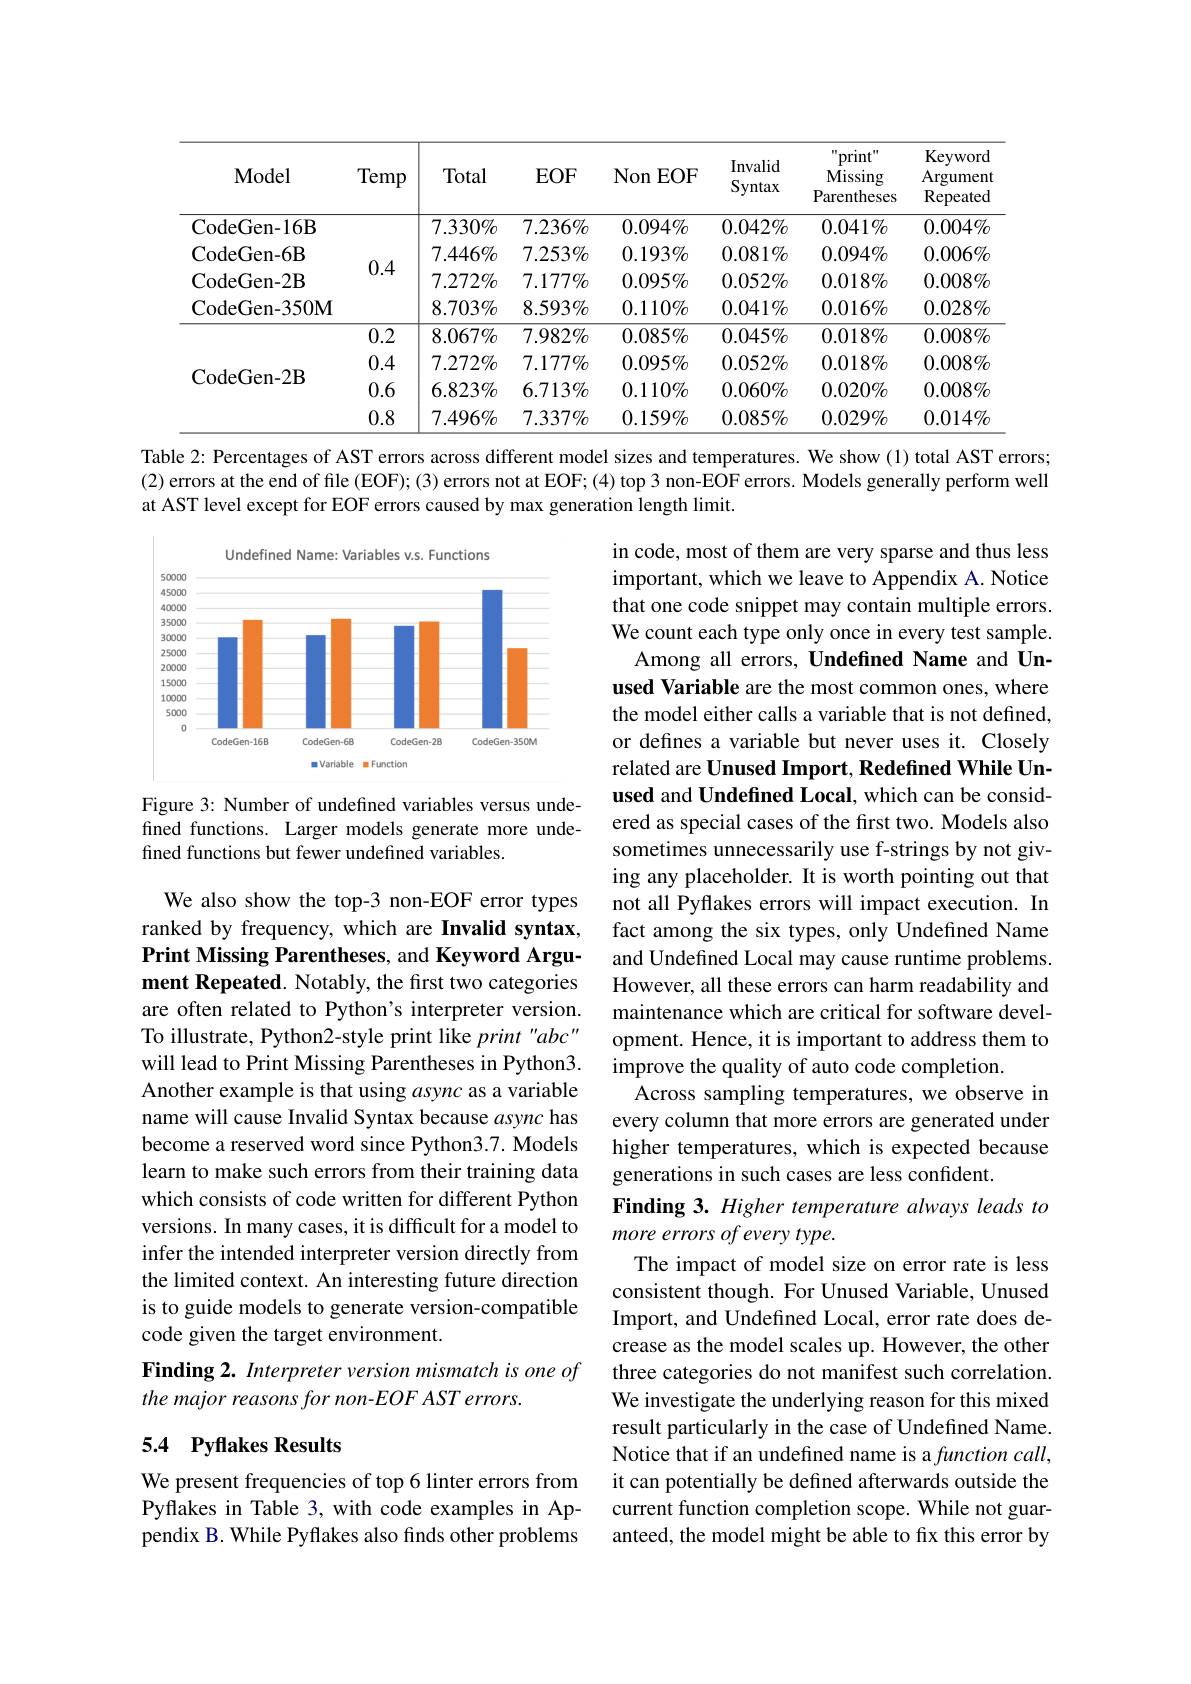
<table>
	<tbody>
		<tr>
			<th>$\mathbf{Model}$</th>
			<th>Temp</th>
			<th>Total</th>
			<th>$EOF$</th>
			<th>Non $EOF$</th>
			<th>$\operatorname{Invalid}$ Syntax</th>
			<th>$^{\prime }$print" Missing Parentheses</th>
			<th>Keyword Argument Repeated</th>
		</tr>
		<tr>
			<td>CodeGen- 16B</td>
			<td> </td>
			<td>$7.330\%$</td>
			<td>$7.236\%$</td>
			<td>$0.094\%$</td>
			<td>$0.042\%$</td>
			<td>$0.041\%$</td>
			<td>$0.004\%$</td>
		</tr>
		<tr>
			<td>CodeGen- 6B</td>
			<td> </td>
			<td>$7.446\%$</td>
			<td>$7.253\%$</td>
			<td>$0.193\%$</td>
			<td>$0.081\%$</td>
			<td>$0.094\%$</td>
			<td>$0.006\%$</td>
		</tr>
		<tr>
			<td>CodeGen- 2B</td>
			<td>$U.4$</td>
			<td>$7.272\%$</td>
			<td>$7.177\%$</td>
			<td>$0.095\%$</td>
			<td>$0.052\%$</td>
			<td>$0.018\%$</td>
			<td>$0.008\%$</td>
		</tr>
		<tr>
			<td>CodeGen- 350M</td>
			<td> </td>
			<td>$8.703\%$</td>
			<td>$8.593\%$</td>
			<td>$0.110\%$</td>
			<td>$0.041\%$</td>
			<td>$0.016\%$</td>
			<td>$0.028\%$</td>
		</tr>
		<tr>
			<td rowspan="4">CodeGen- 2B</td>
			<td>0.2</td>
			<td>$8.067\%$</td>
			<td>$7.982\%$</td>
			<td>$0.085\%$</td>
			<td>$0.045\%$</td>
			<td>$0.018\%$</td>
			<td>$0.008\%$</td>
		</tr>
		<tr>
			<td>0.4</td>
			<td>$7.272\%$</td>
			<td>$7.177\%$</td>
			<td>$0.095\%$</td>
			<td>$0.052\%$</td>
			<td>$0.018\%$</td>
			<td>$0.008\%$</td>
		</tr>
		<tr>
			<td>0.6</td>
			<td>$6.823\%$</td>
			<td>$6.713\%$</td>
			<td>$0.110\%$</td>
			<td>$0.060\%$</td>
			<td>$0.020\%$</td>
			<td>$0.008\%$</td>
		</tr>
		<tr>
			<td>0.8</td>
			<td>$7.496\%$</td>
			<td>$7.337\%$</td>
			<td>$0.159\%$</td>
			<td>$0.085\%$</td>
			<td>$0.029\%$</td>
			<td>$0.014\%$</td>
		</tr>
	</tbody>
</table>

Table 2: Percentages of AST errors across different model sizes and temperatures. We show (1) total AST errors; (2) errors at the end of file (EOF); (3) errors not at EOF; (4) top 3 non-EOF errors. Models generally perform well at AST level except for EOF errors caused by max generation length limit.

<FigureHere>

Figure 3: Number of undefined variables versus undefined functions. Larger models generate more undefined functions but fewer undefined variables.

in code, most of them are very sparse and thus less important, which we leave to Appendix A. Notice that one code snippet may contain multiple errors. We count each type only once in every test sample.
Among all errors, Undefined Name and Unused Variable are the most common ones, where the model either calls a variable that is not defined, or defines a variable but never uses it. Closely related are Unused Import, Redefined While Unused and Undefined Local, which can be considered as special cases of the first two. Models also sometimes unnecessarily use f-strings by not giving any placeholder. It is worth pointing out that not all Pyflakes errors will impact execution. In fact among the six types, only Undefined Name and Undefined Local may cause runtime problems. However, all these errors can harm readability and maintenance which are critical for software development. Hence, it is important to address them to improve the quality of auto code completion.
Across sampling temperatures, we observe in every column that more errors are generated under higher temperatures, which is expected because generations in such cases are less confident.
Finding 3. Higher temperature always leads to
more errors of every type.
The impact of model size on error rate is less consistent though. For Unused Variable, Unused Import, and Undefined Local, error rate does decrease as the model scales up. However, the other three categories do not manifest such correlation. We investigate the underlying reason for this mixed result particularly in the case of Undefined Name. Notice that if an undefined name is a function call, it can potentially be defined afterwards outside the current function completion scope. While not guaranteed, the model might be able to fix this error by

We also show the top-3 non-EOF error types ranked by frequency, which are Invalid syntax, Print Missing Parentheses, and Keyword Argument Repeated. Notably, the first two categories are often related to Python's interpreter version. To illustrate, Python2-style print like $print^{\prime\prime}abc^{\prime\prime}$ will lead to Print Missing Parentheses in Python3. Another example is that using async as a variable name will cause Invalid Syntax because async has become a reserved word since Python3.7. Models learn to make such errors from their training data which consists of code written for different Python versions. In many cases, it is difficult for a model to infer the intended interpreter version directly from the limited context. An interesting future direction is to guide models to generate version-compatible code given the target environment.
Finding 2. Interpreter version mismatch is one of
the major reasons for non-EOF AST errors.

## 5.4 Pyflakes Results

We present frequencies of top 6 linter errors from Pyflakes in Table 3, with code examples in Appendix B. While Pyflakes also finds other problems